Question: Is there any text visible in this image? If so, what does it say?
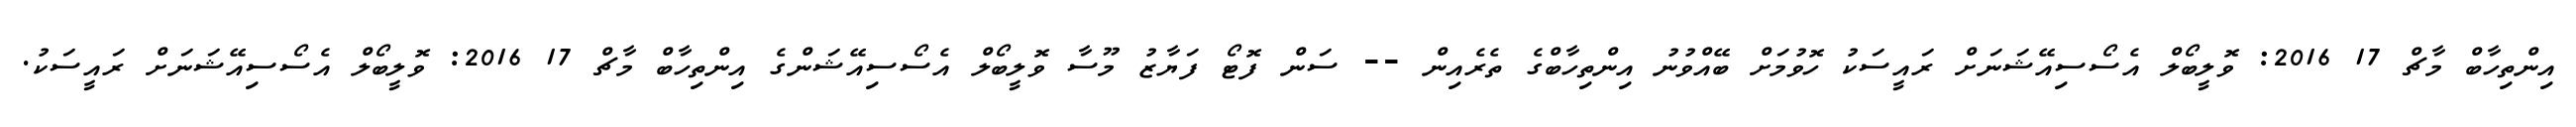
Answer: އިންތިހާބް މާޗް 17 2016: ވޮލީބޯލް އެސޯސިއޭޝަނަށް ރައީސަކު ހޮވުމަށް ބޭއްވުނު އިންތިހާބްގެ ތެރެއިން -- ސަން ފޮޓޯ ފަޔާޒު މޫސާ ވޮލީބޯލް އެސޯސިއޭޝަންގެ އިންތިހާބް މާޗް 17 2016: ވޮލީބޯލް އެސޯސިއޭޝަނަށް ރައީސަކު.